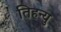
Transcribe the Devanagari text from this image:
तिहन्यु